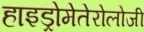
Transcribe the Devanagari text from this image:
हाइड्रोमेतेरोलोजी